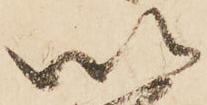
以